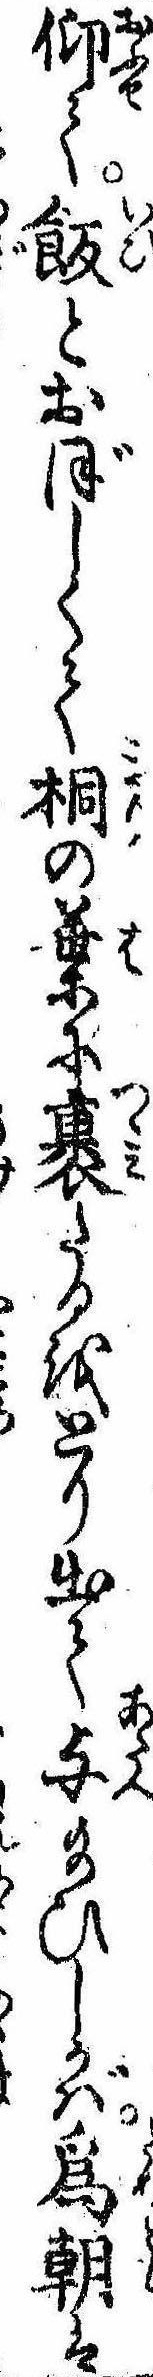
仰て飯とおぼしくて桐の葉に裹たるをとり出て与給ひしかば為朝は